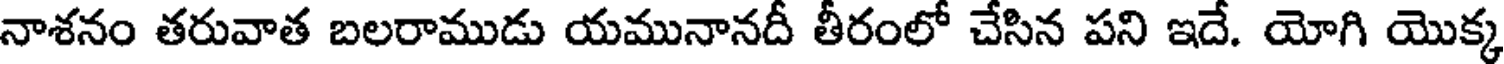
నాశనం తరువాత బలరాముడు యమునానదీ తీరంలో చేసిన పని ఇదే. యోగి యొక్క